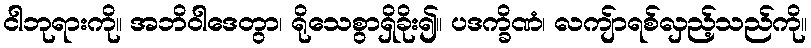
ငါဘုရားကို။ အဘိဝါဒေတွာ၊ ရိုသေစွာရှိခိုး၍။ ပဒက္ခိဏံ၊ လကျ်ာရစ်လှည့်သည်ကို။